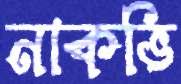
নাকভি